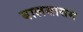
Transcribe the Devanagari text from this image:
बालसासम